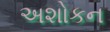
અશોકન